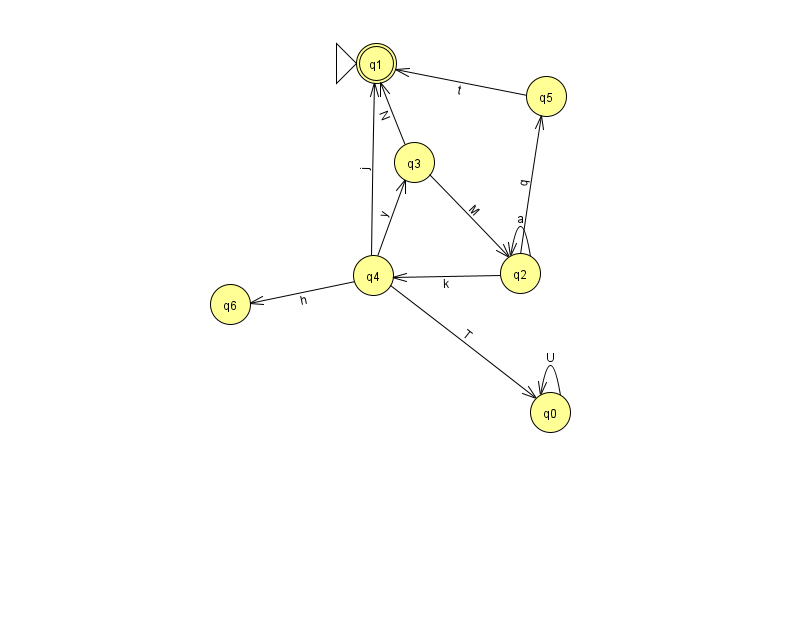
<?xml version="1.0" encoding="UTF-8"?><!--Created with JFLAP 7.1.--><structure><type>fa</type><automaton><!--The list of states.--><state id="0" name="q0"><x>550.0</x><y>399.0</y></state><state id="1" name="q1"><x>376.0</x><y>50.0</y><initial/><final/></state><state id="2" name="q2"><x>520.0</x><y>260.0</y></state><state id="3" name="q3"><x>414.0</x><y>149.0</y></state><state id="4" name="q4"><x>373.0</x><y>262.0</y></state><state id="5" name="q5"><x>546.0</x><y>83.0</y></state><state id="6" name="q6"><x>230.0</x><y>291.0</y></state><!--The list of transitions.--><transition><from>2</from><to>2</to><read>a</read></transition><transition><from>4</from><to>0</to><read>T</read></transition><transition><from>2</from><to>5</to><read>q</read></transition><transition><from>0</from><to>0</to><read>U</read></transition><transition><from>5</from><to>1</to><read>t</read></transition><transition><from>4</from><to>6</to><read>h</read></transition><transition><from>3</from><to>1</to><read>N</read></transition><transition><from>4</from><to>1</to><read>j</read></transition><transition><from>4</from><to>3</to><read>y</read></transition><transition><from>3</from><to>2</to><read>M</read></transition><transition><from>2</from><to>4</to><read>k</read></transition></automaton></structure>